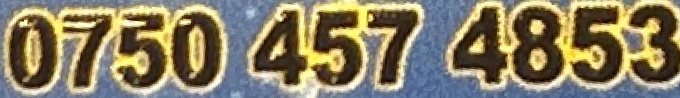
0750 457 4853